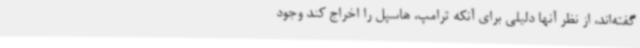
گفته‌اند، از نظر آنها دلیلی برای آنکه ترامپ، هاسپل را اخراج کند وجود